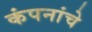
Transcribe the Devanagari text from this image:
कंपनांचे